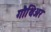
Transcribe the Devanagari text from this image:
गौथिअर